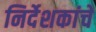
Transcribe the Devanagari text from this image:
निर्देशकांचे